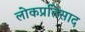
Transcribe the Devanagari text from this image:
लोकप्रतिसाद